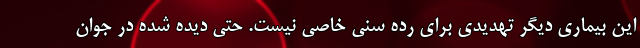
این بیماری دیگر تهدیدی برای رده سنی خاصی نیست. حتی دیده شده در جوان